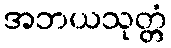
အဘယသုတ္တံ